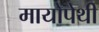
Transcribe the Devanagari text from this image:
मायोपेथी